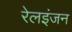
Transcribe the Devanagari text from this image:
रेलइंजन